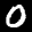
Digit: 0